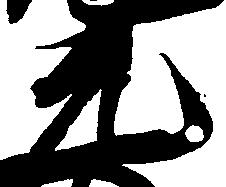
元